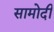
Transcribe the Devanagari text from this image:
सामोदी